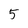
Character: 5